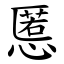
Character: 慝